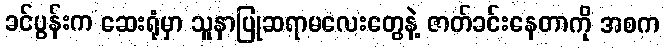
ခင်ပွန်းက ဆေးရုံမှာ သူနာပြုဆရာမလေးတွေနဲ့ ဇာတ်ခင်းနေတာကို အစက